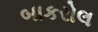
બાકરોલ